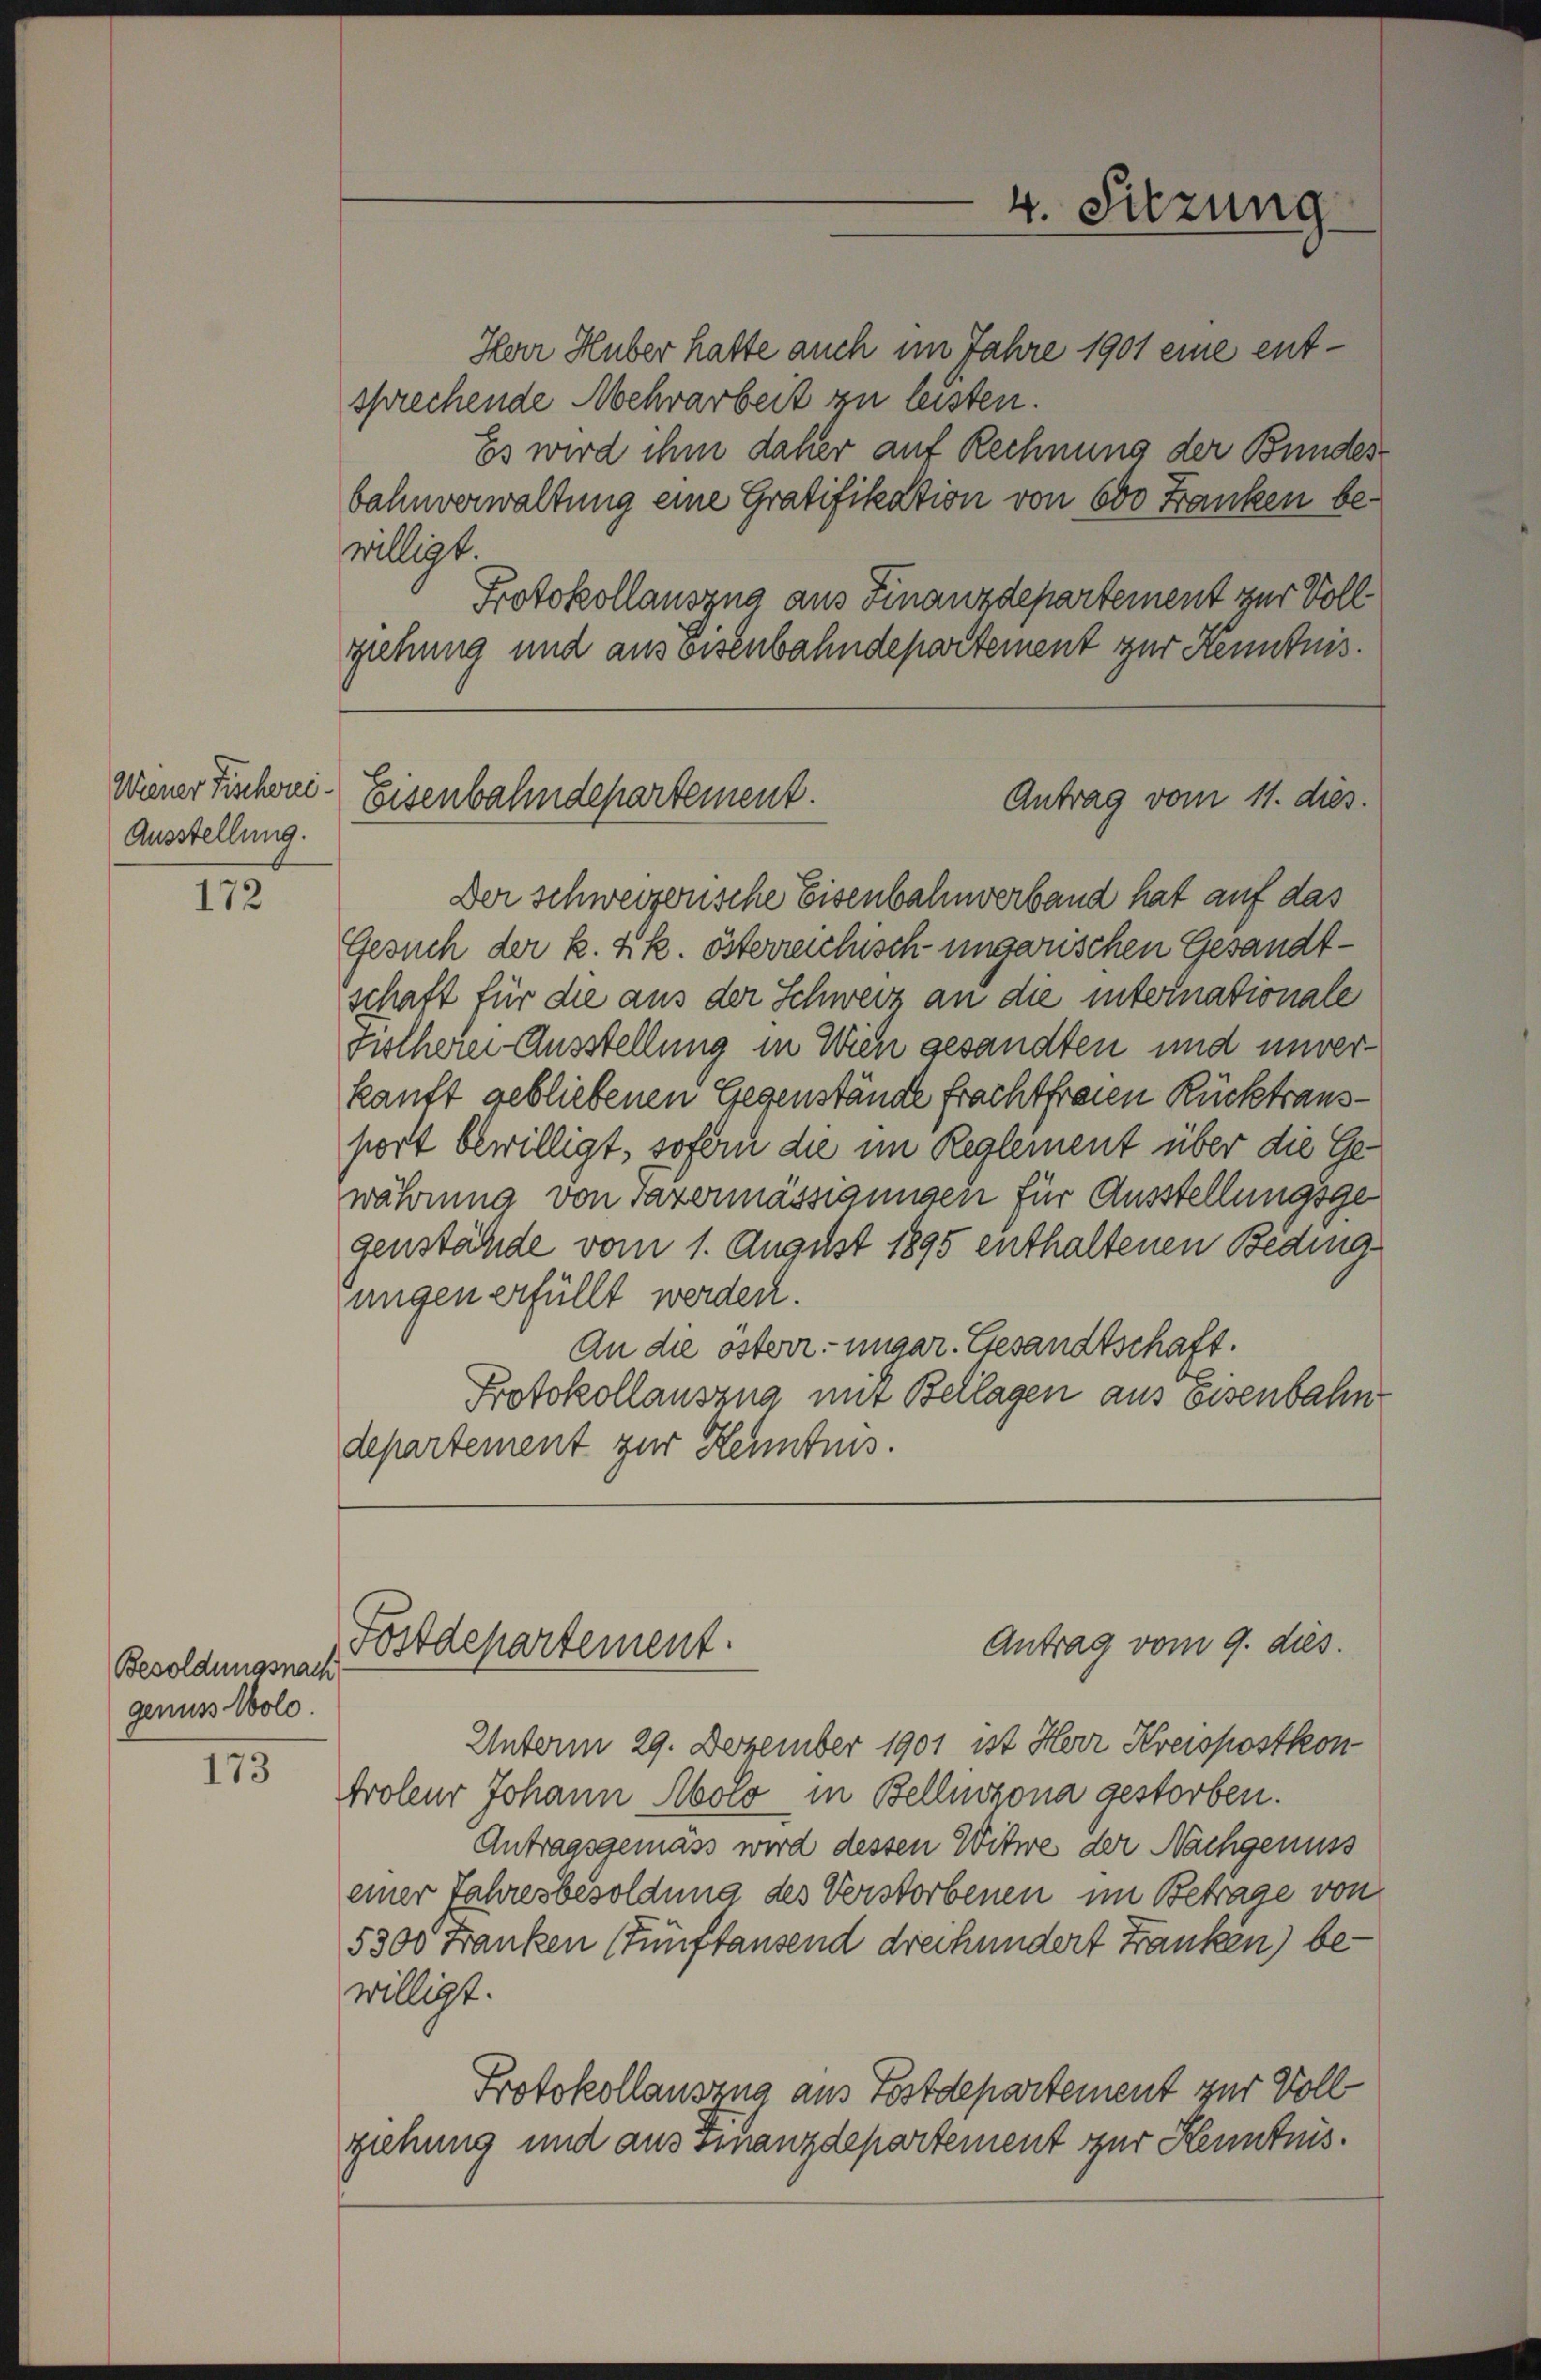
Wiener Fischerei¬
Ausstellung.

172

Besoldungsnach
genuss Solo

173

Herr Huber hatte auch im Jahre 1901 eine entsprechende Mehrarbeit zu leisten.
Es wird ihm daher auf Rechnung der Bundes-
bahnverwaltung eine Gratifikation von 600 Franken bewilligt.
Protokollauszug aus Finanzdepartement zur Voll
ziehung und aus Eisenbahndepartement zur Kenntnis.

Der schweizerische Eisenbahnverband hat auf das
Gesuch der k. k. k. österreichisch ungarischen Gesandtschaft für die aus der Schweiz an die internationale
Fischerei Ausstellung in Wien gesandten und unverkanft gebliebenen Gegenstände frachtfreien Rücktraussort bewilligt, sofern die im Reglement über die Gewährung von Tazermässigungen für Ausstellungsgegenstände vom 1. August 1895 enthaltenen Beding
ungen erfüllt werden.
An die österr. ungar. Gesandtschaft.
Protokollauszug mit Beilagen aus eisenbahn
departement zur Kenntnis.

Eisenbahndepartement.
Antrag vom 11. dies.

Fostdepartement.

Antrag vom 9. dies
Unterm 29. Dezember 1901 ist Herr Kreispostkon
troleur Johann Abolo in Bellinzona gestorben.
Antragsgemäss wird dessen Witwe der Nachgenuss
einer Jahresbesoldung des Verstorbenen im Betrage von
5300 Franken (Fünfhausend dreihundert Franken) bewilligt.
Protokollauszug aus Postdepartement zur Vollziehung und aus Finanzdepartement zur Kenntnis.

4. Sitzung